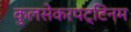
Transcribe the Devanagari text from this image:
कुलसेकरपट्टिनम